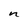
Character: n